Annual statistical returns and brief notes on vaccination in Bengal - 1896-1909
Year: 1896
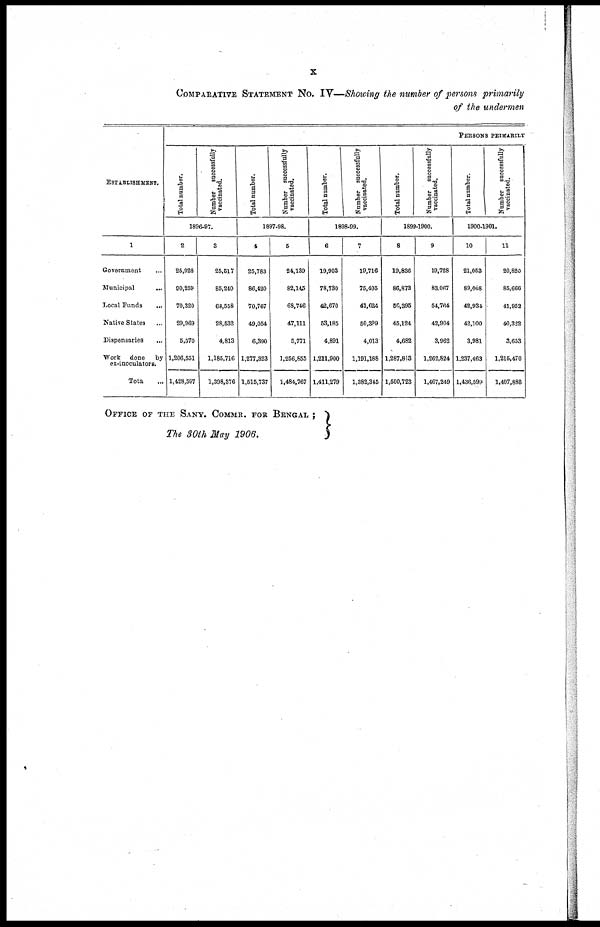
x
COMPARATIVE STATEMENT NO. IV—Showing the number of persons primarily
of the undermen
ESTABLISHMENT.
1
Government ...
Municipal
...
Local Funds
...
Native States ...
Dispensaries ...
Work done
by
ex-inoculators.
Total ...
PERSONS PRIMARILY
Total number.
Number
successfully
vaccinated.
1896-97.
2
25,928
90,259
70,320
29,969
5,570
1,206,551
1,428,597
3
25,517
85,240
68,558
28,532
4,813
1,185,716
1,398,376
Total number.
Number successfully
vaccinated.
1897-98.
4
25,783
86,420
70,767
49,054
6,390
1,277,323
1,515,737
5
24,139
82,145
68,746
47,111
5,771
1,256,855
1,484,767
Total number.
Number successfully
vaccinated.
1898-99.
6
19,903
78,730
42,670
53,185
4,891
1,211,900
1,411,279
7
19,716
75,405
41,624
50,399
4,013
1,191,188
1,382,345
Total number.
Number
successfully
vaccinated.
1899-1900.
8
19,836
86,873
56,395
45,124
4,682
1,287,813
1,500,723
9
19,728
83,067
54,764
42,904
3,962
1,262,824
1,467,249
Total number.
Number successfully
vaccinated.
1900-1901.
10
21,053
89,068
42,934
42,100
3,981
1,237,463
1,436,599
11
20,820
85,666
41,952
40,322
3,653
1,215,470
1,407,888
OFFICE OF THE SANY. COMMR. FOR BENGAL ;
The 30th May 1906.